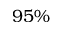
9 5 \%